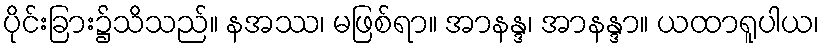
ပိုင်းခြား၌သိသည်။ နအဿ၊ မဖြစ်ရာ။ အာနန္ဒ၊ အာနန္ဒာ။ ယထာရူပါယ၊